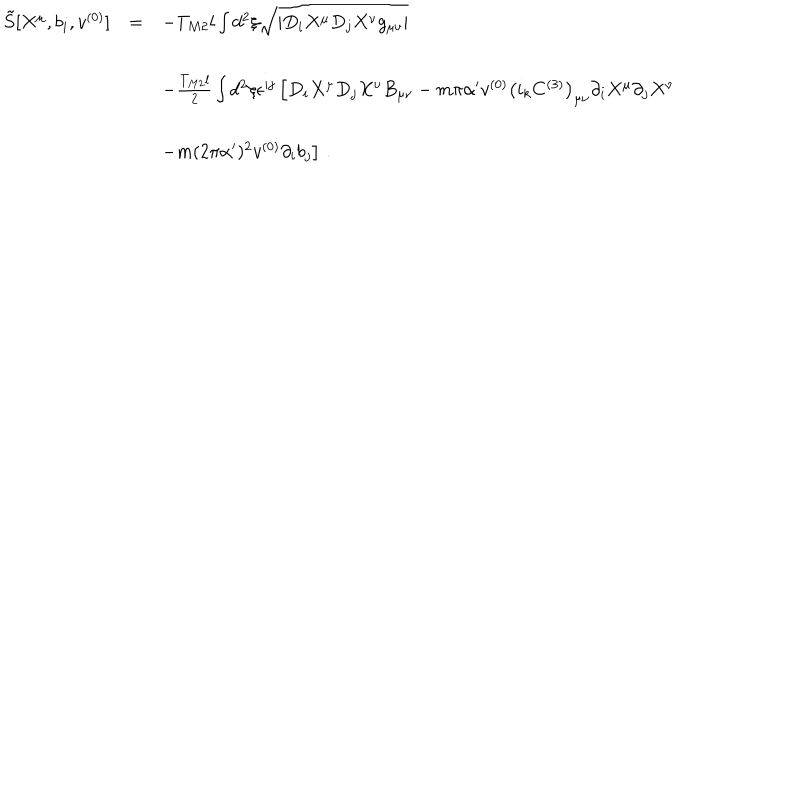
\begin{array} { r c l } { { { \tilde { S } } [ X ^ { \mu } , b _ { i } , v ^ { ( 0 ) } ] } } & { { = } } & { { - T _ { M 2 } l \int d ^ { 2 } \xi \sqrt { | D _ { i } X ^ { \mu } D _ { j } X ^ { \nu } g _ { \mu \nu } | } } } \\ { { } } & { { } } & { { } } \\ { { } } & { { } } & { { \hspace { - 2 c m } - \frac { T _ { M 2 } l } { 2 } \int d ^ { 2 } \xi \epsilon ^ { i j } \left[ D _ { i } X ^ { \mu } D _ { j } X ^ { \nu } B _ { \mu \nu } - m \pi \alpha ^ { \prime } v ^ { ( 0 ) } \left( i _ { k } C ^ { ( 3 ) } \right) _ { \mu \nu } \partial _ { i } X ^ { \mu } \partial _ { j } X ^ { \nu } \right. } } \\ { { } } & { { } } & { { } } \\ { { } } & { { } } & { { \hspace { - 2 c m } \left. - m ( 2 \pi \alpha ^ { \prime } ) ^ { 2 } v ^ { ( 0 ) } \partial _ { i } { b } _ { j } \right] \, . } } \\ \end{array}